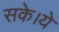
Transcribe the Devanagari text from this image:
सके।ये